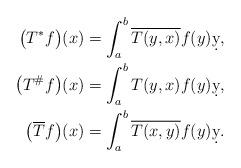
LaTeX: \begin{align*}\big(T^* f\big)(x)&=\int_a^b\overline{ T (y,x)}f(y)\d y,\\\big(T^\# f\big)(x)&=\int_a^b T (y,x)f(y)\d y,\\\big(\overline{ T} f\big)(x)&=\int_a^b \overline{T (x,y)}f(y)\d y.\end{align*}